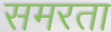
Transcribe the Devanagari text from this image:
समरता